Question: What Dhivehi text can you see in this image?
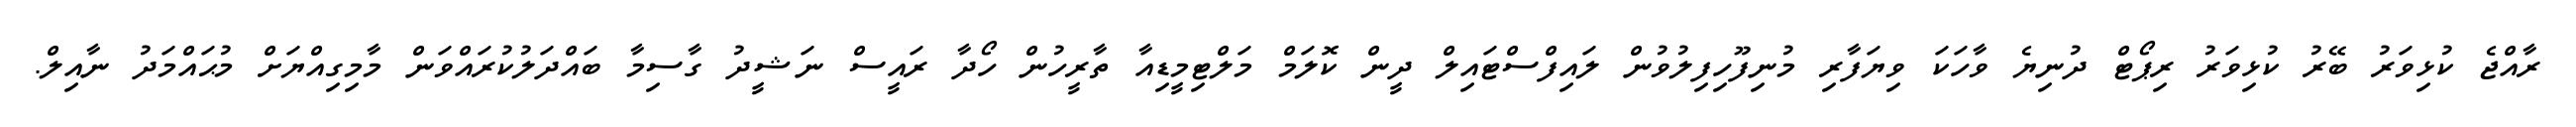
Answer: ރާއްޖެ ކުޅިވަރު ބޭރު ކުޅިވަރު ރިޕޯޓް ދުނިޔެ ވާހަކަ ވިޔަފާރި މުނިފޫހިފިލުވުން ލައިފްސްޓައިލް ދީން ކޮލަމް މަލްޓިމީޑިއާ ތާރީހުން ހޯދާ ރައީސް ނަޝީދު ގާސިމާ ބައްދަލުކުރައްވަން މާމިގިއްޔަށް މުޙައްމަދު ނާއިލް.